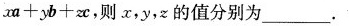
$$x a + y b + z c$$，则 x，y，z 的值分别为_____。